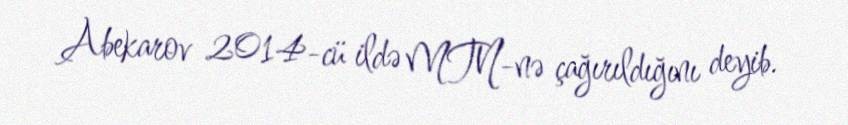
Abekarov 2014-cü ildə MTN-nə çağırıldığını deyib.